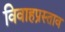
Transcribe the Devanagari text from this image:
विवाहप्रस्ताव